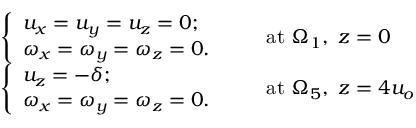
\begin{array} { r l } & { \left\{ \begin{array} { l l } { u _ { x } = u _ { y } = u _ { z } = 0 ; } \\ { \omega _ { x } = \omega _ { y } = \omega _ { z } = 0 . } \end{array} \right. \qquad \mathrm { a t } ~ \Omega _ { 1 } , \mathrm { ~ } z = 0 } \\ & { \left\{ \begin{array} { l l } { u _ { z } = - \delta ; } \\ { \omega _ { x } = \omega _ { y } = \omega _ { z } = 0 . } \end{array} \right. \qquad \mathrm { a t } ~ \Omega _ { 5 } , \mathrm { ~ } z = 4 u _ { o } } \end{array}